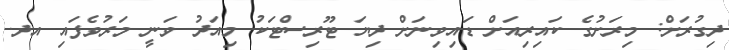
ދިގުރަށް: މިރަށުގެ ކައިރިއަށް ޑައިވިނަށް ދިޔަ ޓޫރިސްޓަކު މިއަދު ވަނީ މަރުވެފައި އދ.